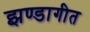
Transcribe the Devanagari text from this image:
झण्डागीत